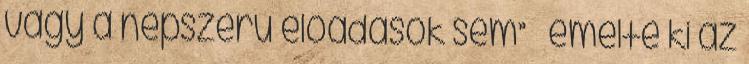
vagy a népszerű előadások sem” – emelte ki az